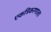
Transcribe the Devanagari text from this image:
एकत्रिकरणाला